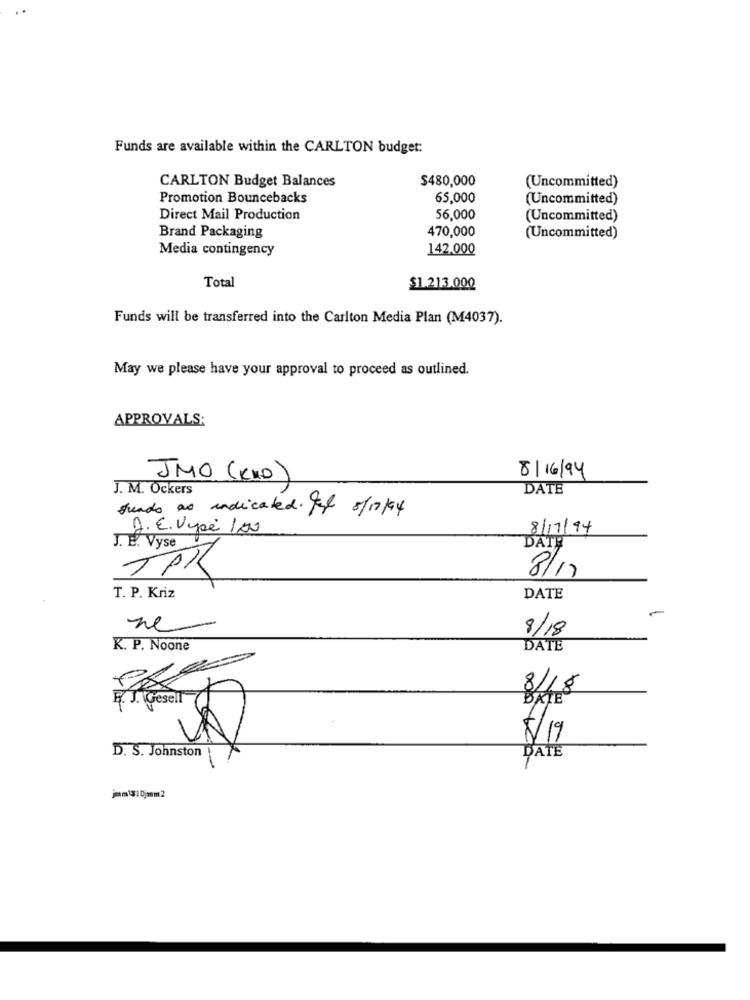
Funds are available within the CARLTON budget:
CARLTON Budget Balances
$480,000
(Uncommitted)
Promotion Bouncebacks
65,000
(Uncommitted)
Direct Mail Production
56,000
(Uncommitted)
Brand Packaging
470,000
(Uncommitted)
Media contingency
142.000
Total
$1.213.000
Funds will be transferred into the Carlton Media Plan (M4037).
May we please have your approval to proceed as outlined.
APPROVALS:
8/16/94
JMO (KKD)
J. M. Öckers
DATE
funds as indicated Fel 5/17/94
D. E. Vipé 100
8/11/94
J. E. Vyse
DATĘ
8/1.
TAR
T. P. Kriz
DATE
ne
8/18
K. P. Noone
DATE
8/18
/19
D. S. Johnston
DATE
jem1310jmm2